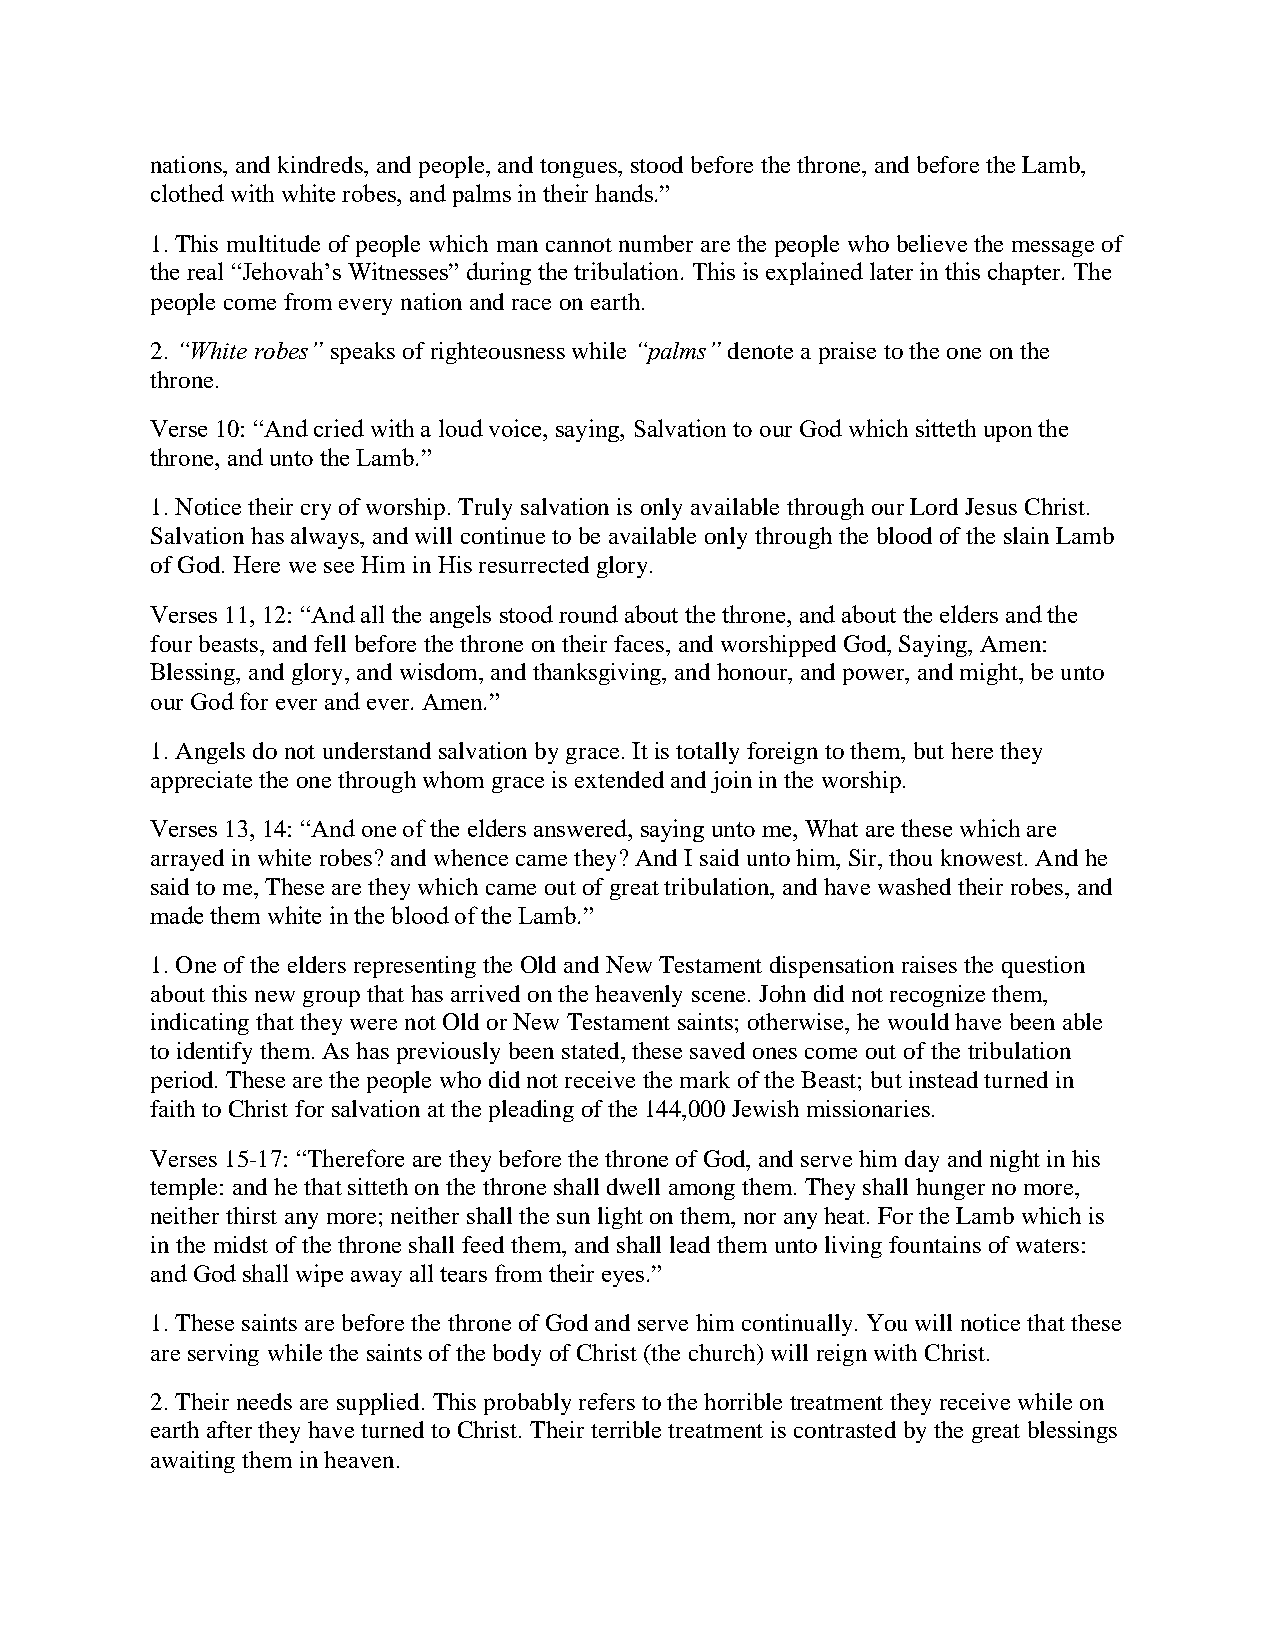
nations, and kindreds, and people, and tongues, stood before the throne, and before the Lamb,
 clothed with white robes, and palms in their hands.”
 1. This multitude of people which man cannot number are the people who believe the message of
 the real “Jehovah’s Witnesses” during the tribulation. This is explained later in this chapter. The
 people come from every nation and race on earth.
 2. “White robes” speaks of righteousness while “palms” denote a praise to the one on the
 throne.
 Verse 10: “And cried with a loud voice, saying, Salvation to our God which sitteth upon the
 throne, and unto the Lamb.”
 1. Notice their cry of worship. Truly salvation is only available through our Lord Jesus Christ.
 Salvation has always, and will continue to be available only through the blood of the slain Lamb
 of God. Here we see Him in His resurrected glory.
 Verses 11, 12: “And all the angels stood round about the throne, and about the elders and the
 four beasts, and fell before the throne on their faces, and worshipped God, Saying, Amen:
 Blessing, and glory, and wisdom, and thanksgiving, and honour, and power, and might, be unto
 our God for ever and ever. Amen.”
 1. Angels do not understand salvation by grace. It is totally foreign to them, but here they
 appreciate the one through whom grace is extended and join in the worship.
 Verses 13, 14: “And one of the elders answered, saying unto me, What are these which are
 arrayed in white robes? and whence came they? And I said unto him, Sir, thou knowest. And he
 said to me, These are they which came out of great tribulation, and have washed their robes, and
 made them white in the blood of the Lamb.”
 1. One of the elders representing the Old and New Testament dispensation raises the question
 about this new group that has arrived on the heavenly scene. John did not recognize them,
 indicating that they were not Old or New Testament saints; otherwise, he would have been able
 to identify them. As has previously been stated, these saved ones come out of the tribulation
 period. These are the people who did not receive the mark of the Beast; but instead turned in
 faith to Christ for salvation at the pleading of the 144,000 Jewish missionaries.
 Verses 15-17: “Therefore are they before the throne of God, and serve him day and night in his
 temple: and he that sitteth on the throne shall dwell among them. They shall hunger no more,
 neither thirst any more; neither shall the sun light on them, nor any heat. For the Lamb which is
 in the midst of the throne shall feed them, and shall lead them unto living fountains of waters:
 and God shall wipe away all tears from their eyes.”
 1. These saints are before the throne of God and serve him continually. You will notice that these
 are serving while the saints of the body of Christ (the church) will reign with Christ.
 2. Their needs are supplied. This probably refers to the horrible treatment they receive while on
 earth after they have turned to Christ. Their terrible treatment is contrasted by the great blessings
 awaiting them in heaven.